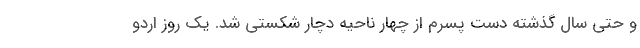
و حتی سال گذشته دست پسرم از چهار ناحیه دچار شکستی شد. یک روز اردو